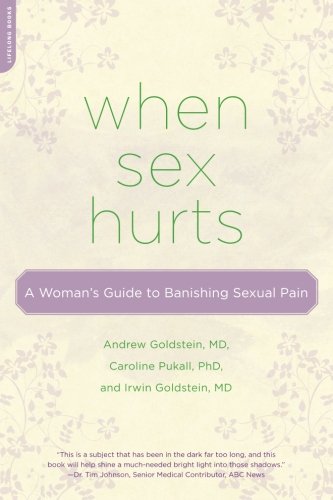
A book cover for When Sex Hurts: A Woman's Guide to Banishing Sexual Pain; Andrew Goldstein MD; Health, Fitness & Dieting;